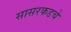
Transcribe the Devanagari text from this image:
सासरकडचे